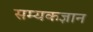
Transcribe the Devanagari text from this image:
सम्यकज्ञान